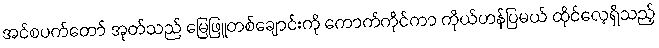
အင်စပက်တော် အုတ်သည် မြေဖြူတစ်ချောင်းကို ကောက်ကိုင်ကာ ကိုယ်ဟန်ပြမယ် ထိုင်လေ့ရှိသည့်